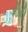
ગીરી